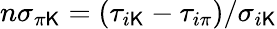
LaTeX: n\sigma_{\pi\mathsf{K}}=(\tau_{i\mathsf{K}}-\tau_{i\pi})/\sigma_{i\mathsf{K}}